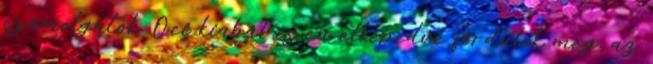
számolgatok. Oci kiabál és én elképedve fordulok meg, az